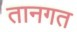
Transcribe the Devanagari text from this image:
तानगत